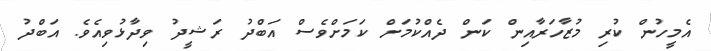
އެމީހުން ކުރި މުޒާހަރާއިން ކަން ދެއްކުމަށް ކަމަށްވެސް އަބްދު ރަޝީދު ވިދާޅުވިއެވެ. އަބްދު